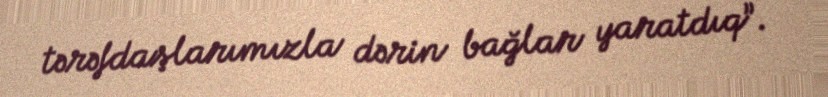
tərəfdaşlarımızla dərin bağlar yaratdıq”.